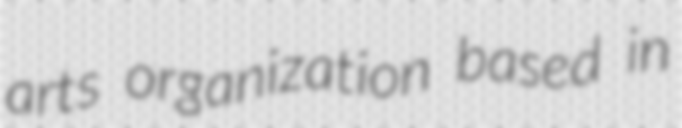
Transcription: arts organization based in